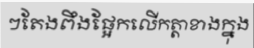
ៗតែងពឹងផ្អែកលើកត្តាខាងក្នុង